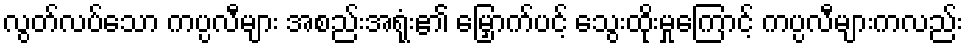
လွတ်လပ်သော ကပ္ပလီများ အစည်းအရုံး၏ မြှောက်ပင့် သွေးထိုးမှုကြောင့် ကပ္ပလီများကလည်း